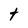
Character: t